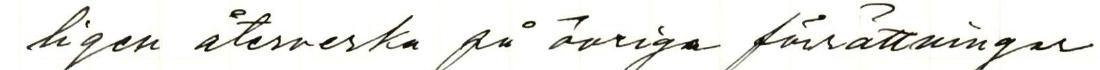
ligen återverka på övriga försättningar